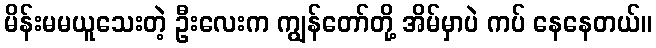
မိန်းမမယူသေးတဲ့ ဦးလေးက ကျွန်တော်တို့ အိမ်မှာပဲ ကပ် နေနေတယ်။